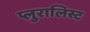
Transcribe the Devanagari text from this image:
प्लुरालिस्ट